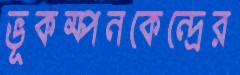
ভূকম্পনকেন্দ্রের